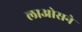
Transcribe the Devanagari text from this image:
लाओसने